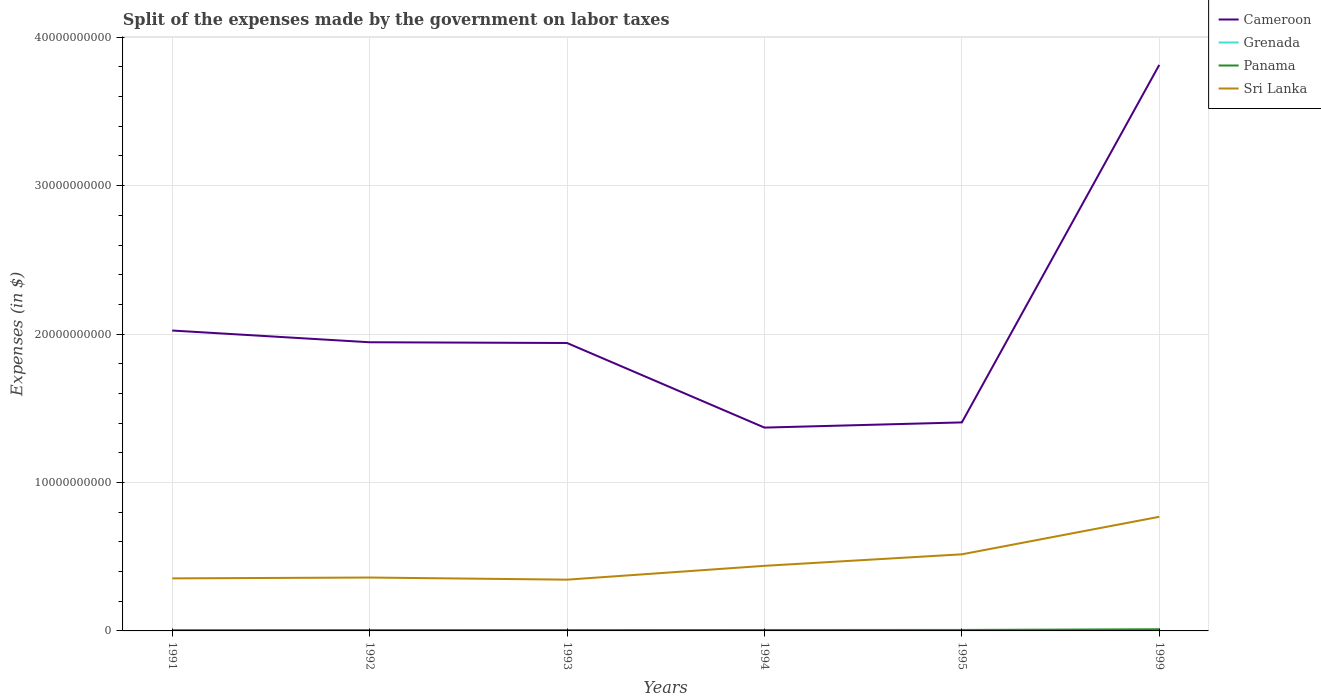
| Years | Cameroon | Grenada | Panama | Sri Lanka |
 | --- | --- | --- | --- | --- |
 | 1991 | 2.02e+10 | 6.36e+06 | 5.18e+07 | 3.54e+09 |
 | 1992 | 1.94e+10 | 5.82e+06 | 5.61e+07 | 3.6e+09 |
 | 1993 | 1.94e+10 | 8.93e+06 | 5.89e+07 | 3.45e+09 |
 | 1994 | 1.37e+10 | 9.53e+06 | 6.34e+07 | 4.39e+09 |
 | 1995 | 1.40e+10 | 9.49e+06 | 6.58e+07 | 5.16e+09 |
 | 1999 | 3.81e+10 | 1.05e+07 | 1.11e+08 | 7.69e+09 |